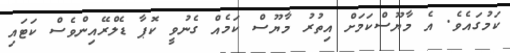
ކަމުގައެވެ. އެ މާޔޫސްކަމަށް އިތުރު މާޔޫސް ކަމެއް ގެނުވީ ކޮޕާ ޑެލްރޭއިންވެސް ކަޓައި